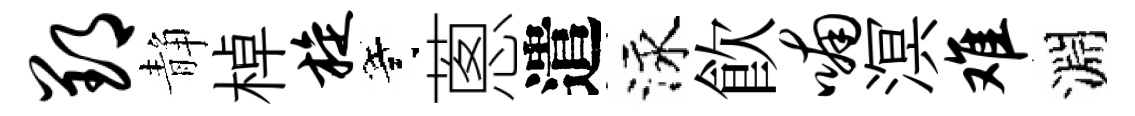
郢静棹旋寄蔥遣泳飮喃溟难淵